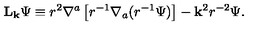
{ \bf L } _ { \bf k } \Psi \equiv r ^ { 2 } \nabla ^ { a } \left[ r ^ { - 1 } \nabla _ { a } ( r ^ { - 1 } \Psi ) \right] - { \bf k } ^ { 2 } r ^ { - 2 } \Psi .